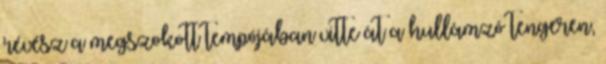
révész a megszokott tempójában vitte át a hullámzó tengeren,